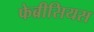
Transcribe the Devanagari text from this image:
फेब्रीसियस